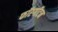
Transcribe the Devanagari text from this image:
फॉरगॉटन